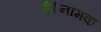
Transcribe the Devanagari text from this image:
है।नामक